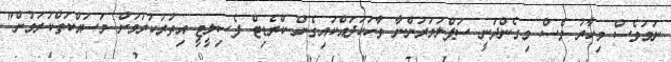
ނަމަވެސް މިހާރު ވެސް މިގެންދަނީ ސަޕްލަޔަރުންނާ ވާހަކަދައްކައިގެން ކްރެޑިޓް ފެސިލީޓީ އިތުރުކުރުމަށް މަސައްކަތްކުރަމުން"